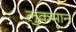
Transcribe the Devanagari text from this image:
लुकमान